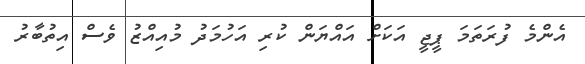
އެންމެ ފުރަތަމަ ޕީޖީ އަކަށް އައްޔަން ކުރި އަހުމަދު މުއިއްޒު ވެސް އިތުބާރު